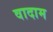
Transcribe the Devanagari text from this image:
वादाम